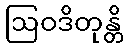
ဩဝဒိတုန္တိ